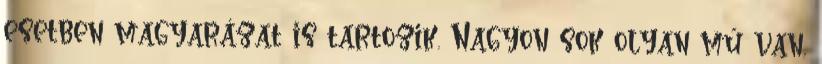
esetben magyarázat is tartozik. Nagyon sok olyan mű van,